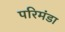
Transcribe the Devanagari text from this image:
परिमंडा